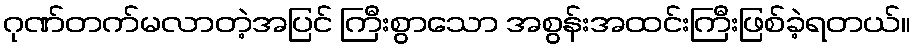
ဂုဏ်တက်မလာတဲ့အပြင် ကြီးစွာသော အစွန်းအထင်းကြီးဖြစ်ခဲ့ရတယ်။